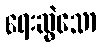
ရေးဆွဲသော